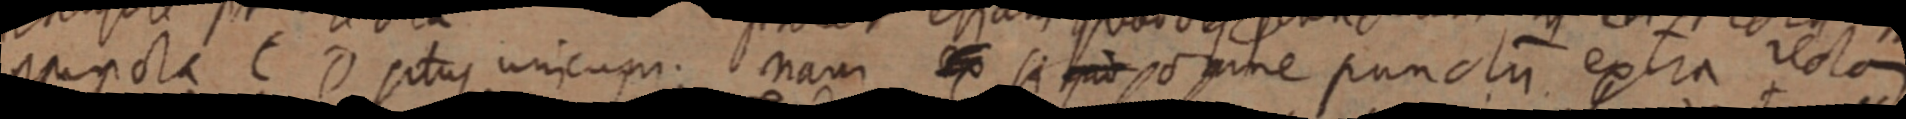
puncta C D situs unicum. nam ex si _ omne punctum extra rectam